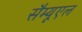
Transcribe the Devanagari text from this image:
सैम्यूएल